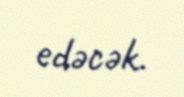
edəcək.